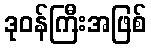
ဒုဝန်ကြီးအဖြစ်